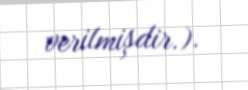
verilmişdir.).